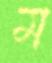
ম